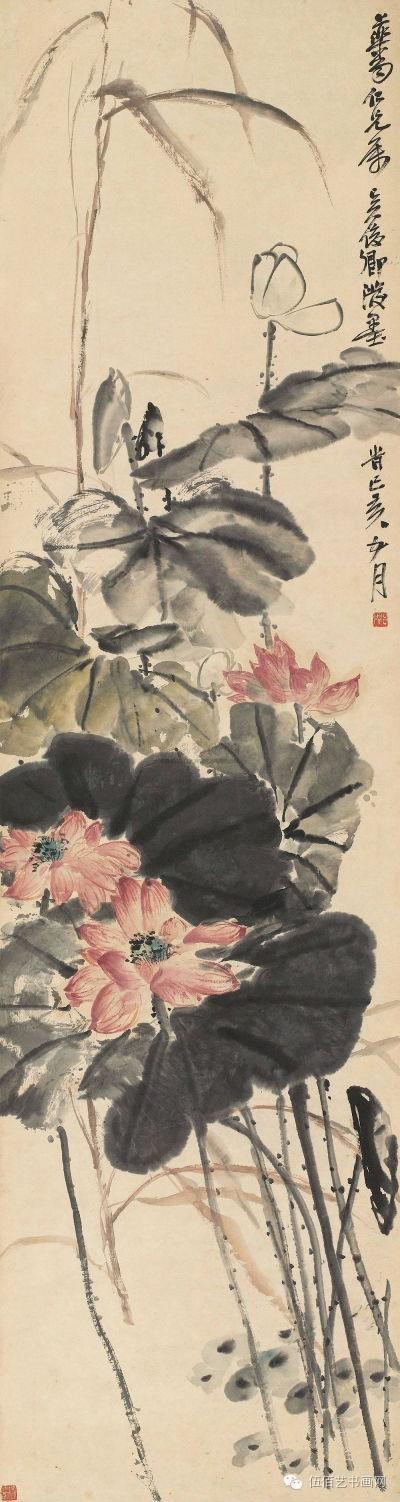
疏林红叶，芙蓉将谢，天然妆点秋屏列。